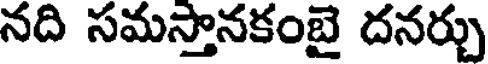
నది సమస్తానకంబై దనర్చు